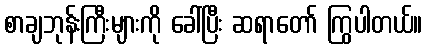
စာချဘုန်းကြီးများကို ခေါ်ပြီး ဆရာတော် ကြွပါတယ်။